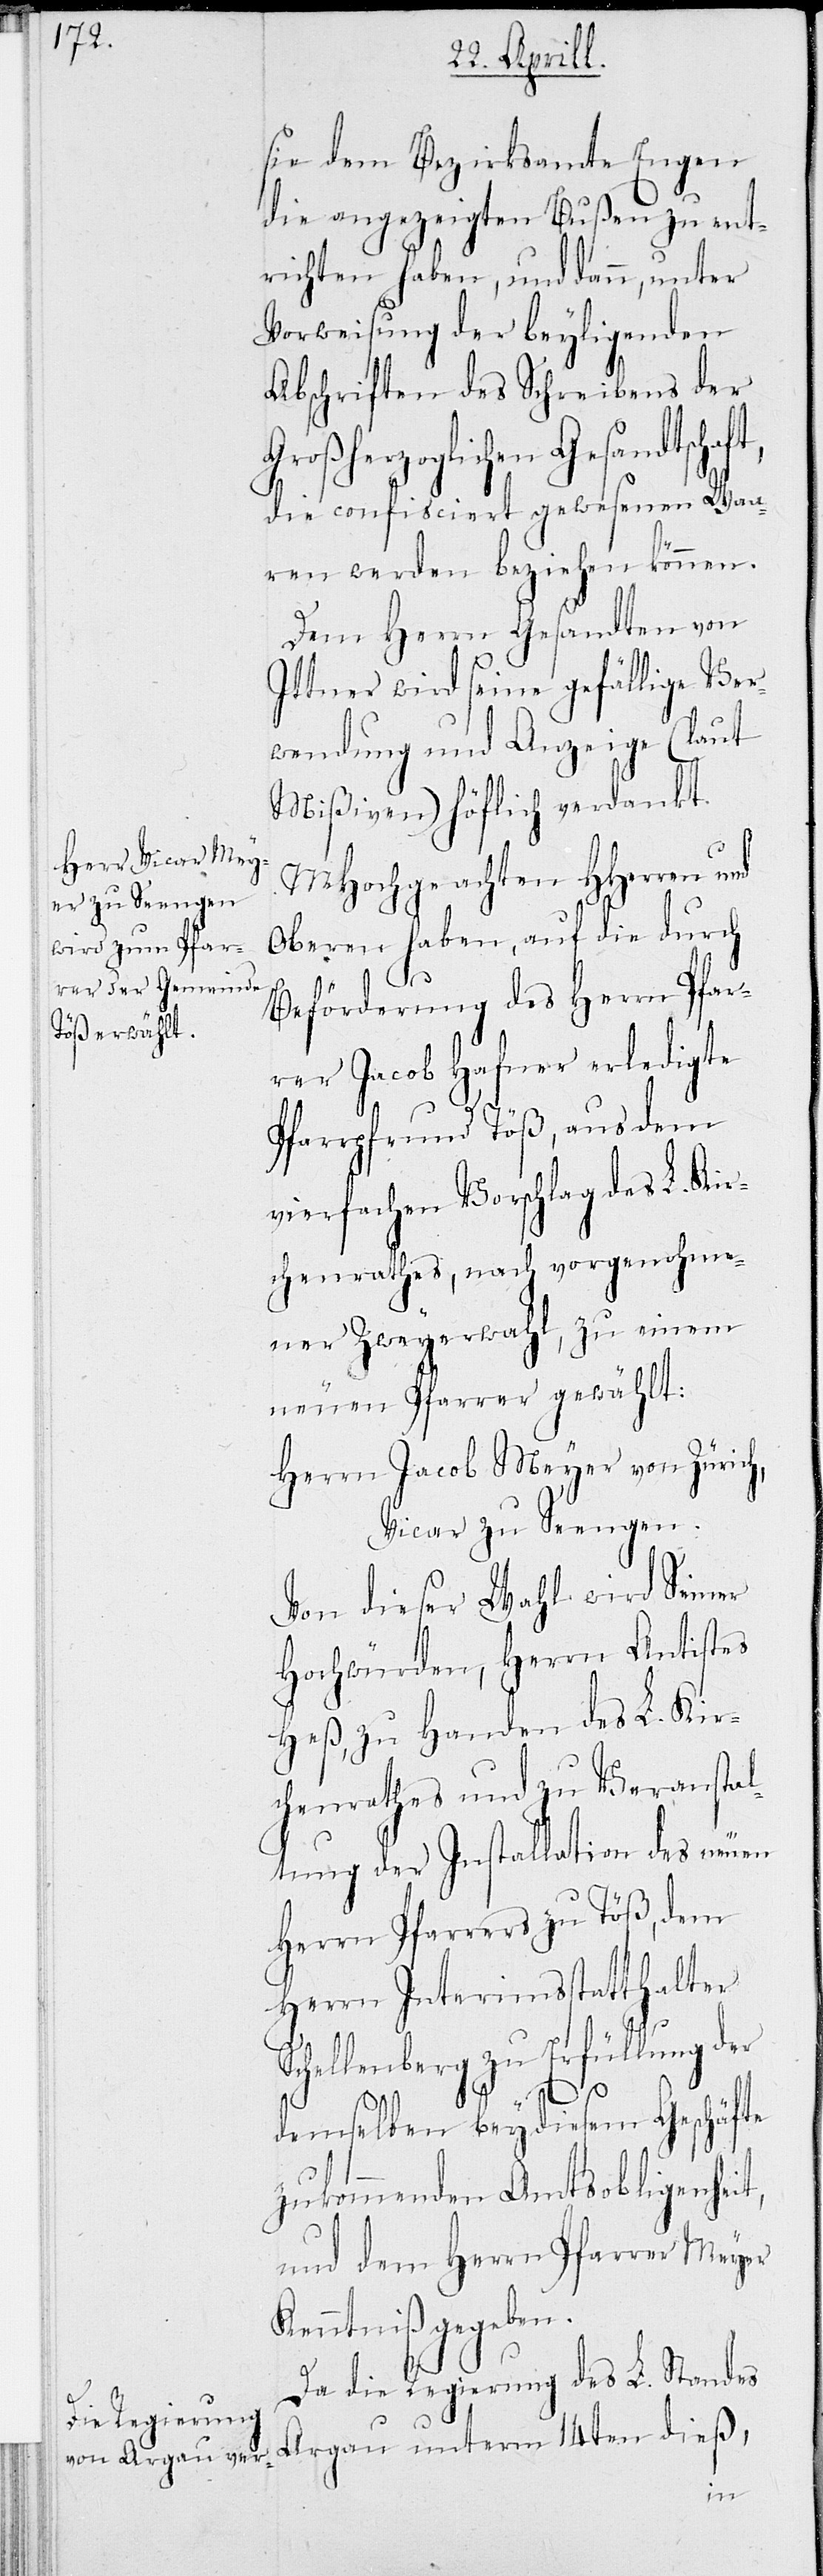
sie dem Bezirksamte Engen
die angezeigten Bußen zu ent¬
richten haben, und dann, unter
Vorweisung der beyligenden
Abschriften des Schreibens der
roßherzoglichen Gesandtschaf¬
die confisciert gewesenen Waa¬
ren werden beziehen können.
Dem Herrn Gesandten von
Ittner wird seine gefällige Ver¬
wendung und Anzeige (laut
Mißiven) höflich verdankt.
MHochgeachten HHerren
Oberen haben, auf die durch
14t¬
Beförderung des Herrn Pfar¬
rer Jacob Hafner erledigte
Pfarrpfrund Töß, aus dem
vierfachen Vorschlag des L. Kir¬
chenrathes, nach vorgenohme¬
ner Zweyerwahl zu einem
neuen Pfarrer gewählt:
Herrn Jacob Meyer von Zürich,
Vicar zu Seengen.
Von dieser Wahl wird seiner
Hochwürden, Herrn Antistes
Heß, zu Handen des L. Kir¬
chenrathes und zu Veranstal¬
tung der Installation des neuen
Herrn Pfarrers zu Töß, dem
Herrn Interimsstatthalter
chellenberg zu Erfüllung der
demselben bey diesem Geschäfte
zukommenden Amtsobligenheit,
und dem Herrn Pfarrer Meyer
Kenntniß gegeben.
Da die Regierung des L. Standes
en